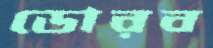
ডোরব